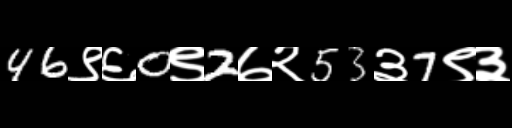
Text: 46९६0९2७२53३7९३